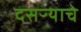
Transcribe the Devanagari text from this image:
दसऱ्याचे